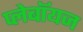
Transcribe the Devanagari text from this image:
प्लेबॉयज